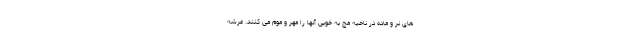
های نر و ماده در ناحیه مچ به خوبی آنها را مهر و موم می کنند. عرشه